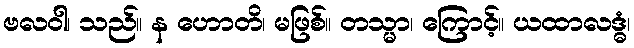
ဗလဝါ၊ သည်။ န ဟောတိ၊ မဖြစ်။ တသ္မာ၊ ကြောင့်။ ယထာလဒ္ဓံ၊